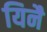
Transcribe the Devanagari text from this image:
यिनै